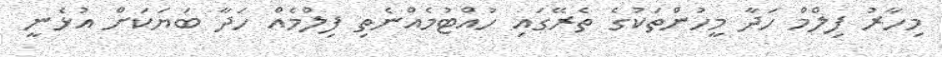
މިހާރު ފިލްމް ހަދާ މީހުންތަކުގެ ތެރޭގައި ހުއްޓުމެއްނެތި ފިލްމެއް ހަދާ ބަޔަކަށް އުޅެނީ